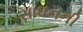
સાઘનની